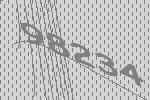
98234